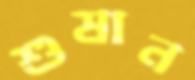
শুষান